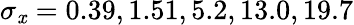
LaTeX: \sigma_{\mathit{x}}=0.39,1.51,5.2,13.0,19.7